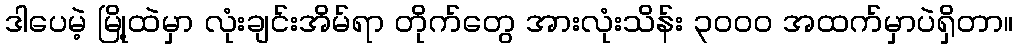
ဒါပေမဲ့ မြို့ထဲမှာ လုံးချင်းအိမ်ရာ တိုက်တွေ အားလုံးသိန်း ၃၀၀၀ အထက်မှာပဲရှိတာ။